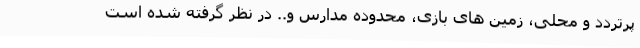
پرتردد و محلی، زمین های بازی، محدوده مدارس و.. در نظر گرفته شده است